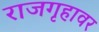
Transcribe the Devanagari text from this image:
राजगृहावर